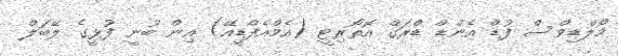
މޯލްޑިވްސް ފުޑް އެންޑް ޑްރަގް އޮތޯރިޓީ (އެމްއެފްޑީއޭ) އިން ބުނީ ފުޅީގެ ލޭބަލް